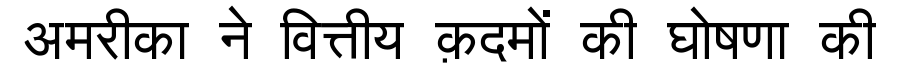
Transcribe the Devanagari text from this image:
अमरीका ने वित्तीय क़दमों की घोषणा की